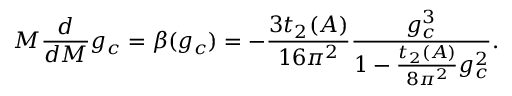
M \frac { d } { d M } g _ { c } = \beta ( g _ { c } ) = - \frac { 3 t _ { 2 } ( A ) } { 1 6 \pi ^ { 2 } } \frac { g _ { c } ^ { 3 } } { 1 - \frac { t _ { 2 } ( A ) } { 8 \pi ^ { 2 } } g _ { c } ^ { 2 } } .